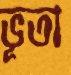
ভূতা